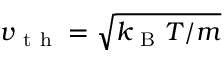
v _ { \mathrm { ~ t ~ h ~ } } = \sqrt { k _ { \mathrm { ~ B ~ } } T / m }